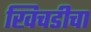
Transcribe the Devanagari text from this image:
खिचडीचा